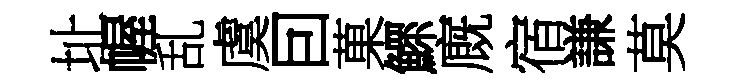
址幄乱虞囙菓鰥廐宿謙莫